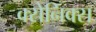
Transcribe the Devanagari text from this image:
क्सेनिक्स